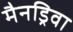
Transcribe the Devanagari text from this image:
मैनड्रिवा